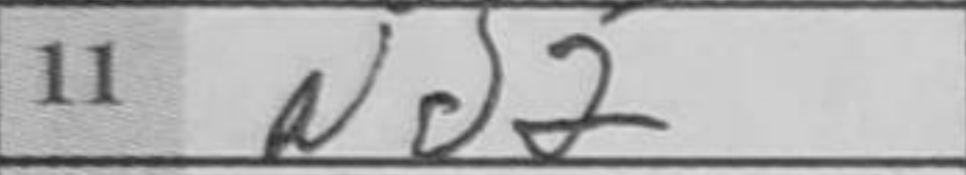
Transcription: Nd2